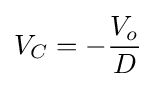
V_{C}=-{\frac {V_{o}}{D}}